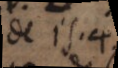
de Is. 4